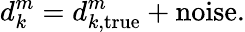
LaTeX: d_{k}^{m}=d_{k,\mathrm{true}}^{m}+\mathrm{noise}.